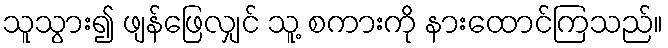
သူသွား၍ ဖျန်ဖြေလျှင် သူ့ စကားကို နားထောင်ကြသည်။